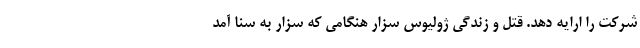
شرکت را ارایه دهد. قتل و زندگی ژولیوس سزار هنگامی که سزار به سنا آمد